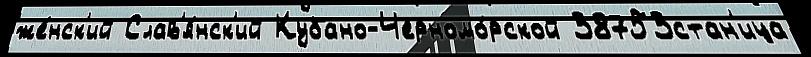
же́нск'ий Слав'я́нск'ий Кубано-Черномо́рской 38753стан'ица